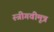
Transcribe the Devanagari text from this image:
स्त्रीगवीमूत्र